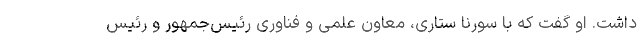
داشت. او گفت که با سورنا ستاری، معاون علمی و فناوری رئیس‌جمهور و رئیس